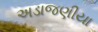
અડાજણીયા